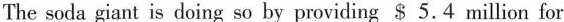
The soda giant is doing so by providing $ 5.4 million for